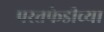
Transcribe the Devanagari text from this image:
परतफेडीच्या